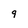
Character: 9